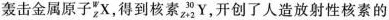
轰击金属原子_{z}^{w}X，得到核素_{z+2}^{30}Y，开创了人造放射性核素的